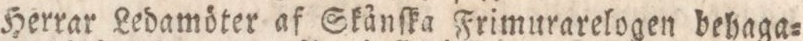
Herrar Ledamöter af Skånſka Frimurarelogen behaga=